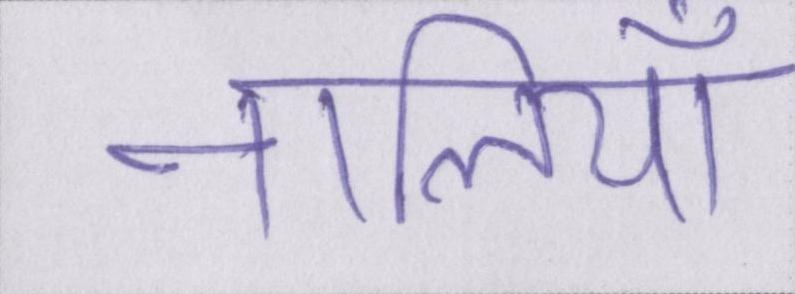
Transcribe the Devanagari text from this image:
नालियाँ